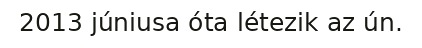
2013 júniusa óta létezik az ún.